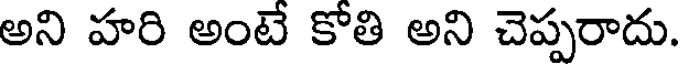
అని హరి అంటే కోతి అని చెప్పరాదు.